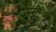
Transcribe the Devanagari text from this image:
पस्तूनों